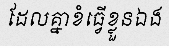
ដែលគ្នាខំធ្វើខ្លួនឯង